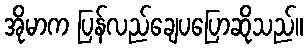
အိုမာက ပြန်လည်ချေပပြောဆိုသည်။